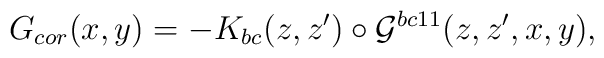
G_{cor}(x,y) =  - K_{bc}(z,z') \circ {\cal{G}}^{bc11}(z,z',x,y) ,